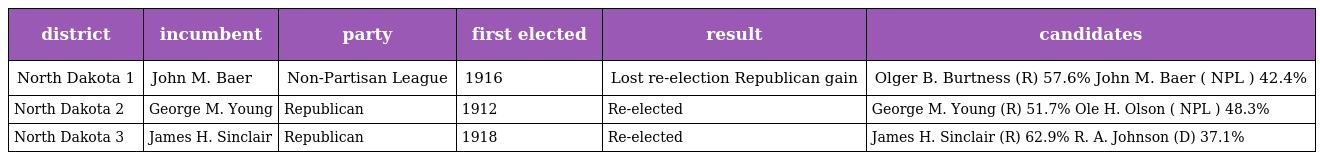
| district | incumbent | party | first elected | result | candidates |
 | --- | --- | --- | --- | --- | --- |
 | North Dakota 1 | John M. Baer | Non-Partisan League | 1916 | Lost re-election Republican gain | Olger B. Burtness (R) 57.6% John M. Baer ( NPL ) 42.4% |
 | North Dakota 2 | George M. Young | Republican | 1912 | Re-elected | George M. Young (R) 51.7% Ole H. Olson ( NPL ) 48.3% |
 | North Dakota 3 | James H. Sinclair | Republican | 1918 | Re-elected | James H. Sinclair (R) 62.9% R. A. Johnson (D) 37.1% |